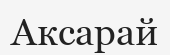
Аксарай